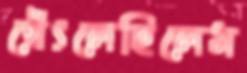
থেঁৎলেছিলেম